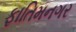
ફાતિમનગર